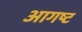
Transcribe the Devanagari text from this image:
आगष्ट